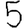
Digit: 5